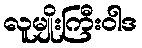
လူမျိုးကြီးဝါဒ